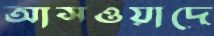
আসওয়াদে